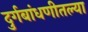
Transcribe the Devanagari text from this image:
दुर्गबांधणीतल्या